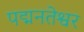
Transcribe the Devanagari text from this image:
पद्मनतेश्वर